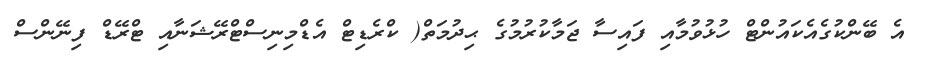
އެ ބޭންކުގެއެކައުންޓް ހުޅުވުމާއި ފައިސާ ޖަމާކުރުމުގެ ޙިދުމަތް( ކްރެޑިޓް އެޑްމިނިސްޓްރޭޝަނާއި ޓްރޭޑް ފިނޭންސް